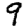
Digit: 9